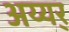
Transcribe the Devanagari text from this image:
अय्यर्